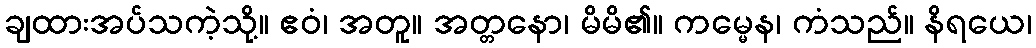
ချထားအပ်သကဲ့သို့။ ဧဝံ၊ အတူ။ အတ္တနော၊ မိမိ၏။ ကမ္မေန၊ ကံသည်။ နိရယေ၊